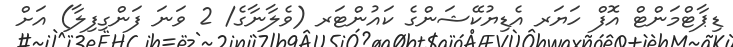
ޑިޕާޓްމަންޓް އޮފް ހަޔަރ އެޑިޔުކޭޝަންގެ ކައުންޓަރ (ވެލާނާގެ/ 2 ވަނަ ފަންގިފިލާ) އަށް